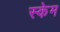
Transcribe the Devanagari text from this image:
स्केम